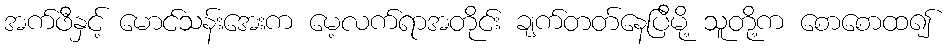
အက်ဖီနှင့် မောင်သန်းအေးက မေ့လက်ရာအတိုင်း ချက်တတ်နေပြီမို့ သူတို့က စောစောထ၍